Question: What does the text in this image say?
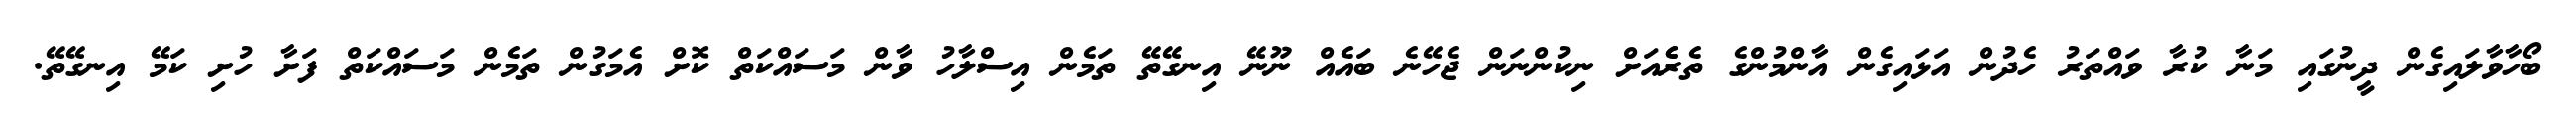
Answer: ބޯހާވާލައިގެން ދީނުގައި މަނާ ކުރާ ވައްތަރު ހެދުން އަޅައިގެން އާންމުންގެ ތެރެެއަށް ނިކުންނަން ޖެހޭނެ ބައެއް ނޫނޭ އިނގޭތޭ ތަމެން އިސްލާހު ވާން މަސައްކަތް ކޮށް އެމަގުން ތަމެން މަސައްކަތް ފަށާ ހުށި ކަމޭ އިނގޭތޭ.